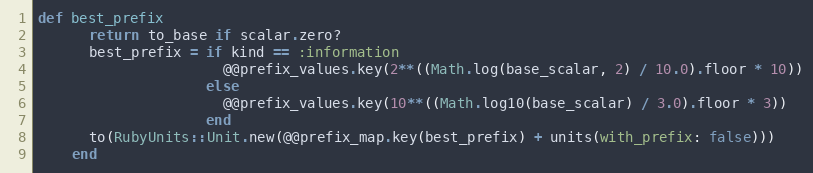
Language: Ruby
def best_prefix
      return to_base if scalar.zero?
      best_prefix = if kind == :information
                      @@prefix_values.key(2**((Math.log(base_scalar, 2) / 10.0).floor * 10))
                    else
                      @@prefix_values.key(10**((Math.log10(base_scalar) / 3.0).floor * 3))
                    end
      to(RubyUnits::Unit.new(@@prefix_map.key(best_prefix) + units(with_prefix: false)))
    end